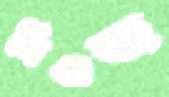
নিওজ